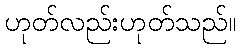
ဟုတ်လည်းဟုတ်သည်။